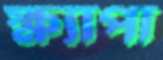
ক্ষ্যাপা